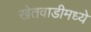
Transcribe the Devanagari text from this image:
खेतवाडीमध्ये